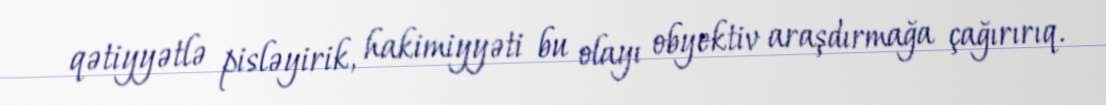
qətiyyətlə pisləyirik, hakimiyyəti bu olayı obyektiv araşdırmağa çağırırıq.